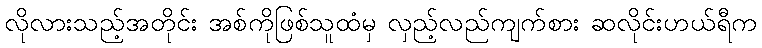
လိုလားသည့်အတိုင်း အစ်ကိုဖြစ်သူထံမှ လှည့်လည်ကျက်စား ဆလိုင်းဟယ်ရီက